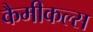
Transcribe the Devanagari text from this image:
कैमीकल्स